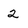
Character: 2